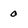
Character: 0